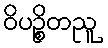
ဝိပဉ္စိတညူ